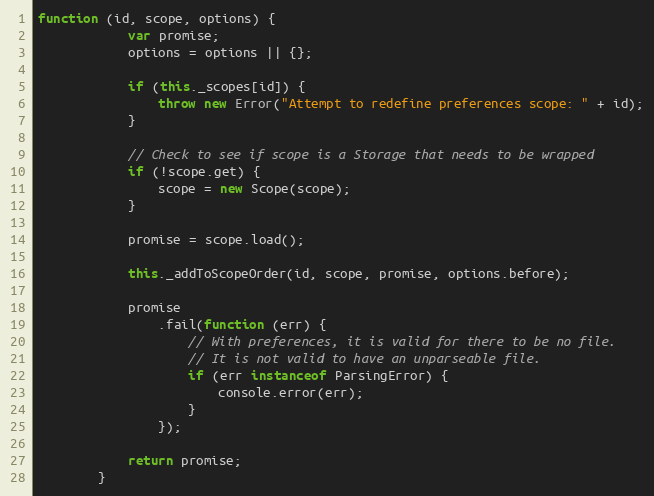
Language: JavaScript
function (id, scope, options) {
            var promise;
            options = options || {};

            if (this._scopes[id]) {
                throw new Error("Attempt to redefine preferences scope: " + id);
            }

            // Check to see if scope is a Storage that needs to be wrapped
            if (!scope.get) {
                scope = new Scope(scope);
            }

            promise = scope.load();

            this._addToScopeOrder(id, scope, promise, options.before);

            promise
                .fail(function (err) {
                    // With preferences, it is valid for there to be no file.
                    // It is not valid to have an unparseable file.
                    if (err instanceof ParsingError) {
                        console.error(err);
                    }
                });

            return promise;
        }